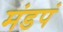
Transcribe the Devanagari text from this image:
मंडपं